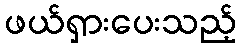
ဖယ်ရှားပေးသည့်